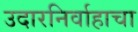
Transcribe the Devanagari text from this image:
उदारनिर्वाहाचा